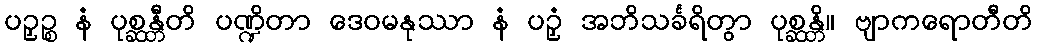
ပဉှဉ္စ နံ ပုစ္ဆန္တီတိ ပဏ္ဍိတာ ဒေဝမနုဿာ နံ ပဉှံ အဘိသင်္ခရိတွာ ပုစ္ဆန္တိ။ ဗျာကရောတီတိ